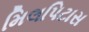
મિલપિટાસ